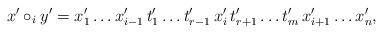
LaTeX: \begin{align*} x' \circ_i y' = x'_1 \dots x'_{i - 1} \, t'_1 \dots t'_{r - 1} \, x'_i \, t'_{r + 1} \dots t'_m \, x'_{i + 1} \dots x'_n, \end{align*}